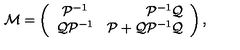
{ \cal M } = \left( \begin{array} { c r c } { { \cal P } ^ { - 1 } } & { { \cal P } ^ { - 1 } { \cal Q } } \\ { { \cal Q } { \cal P } ^ { - 1 } } & { { \cal P } + { \cal Q } { \cal P } ^ { - 1 } { \cal Q } } \\ \end{array} \right) ,